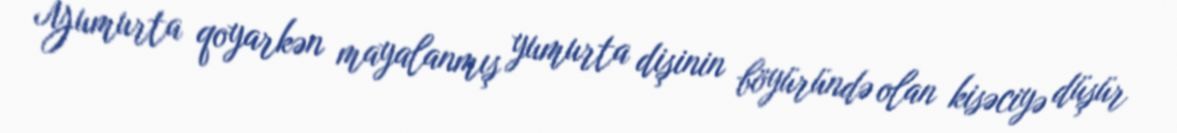
Yumurta qoyarkən mayalanmış yumurta dişinin böyüründə olan kisəciyə düşür